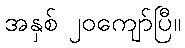
အနှစ် ၂၀ကျော်ပြီ။